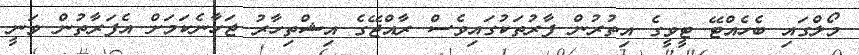
މޯލްގައި ބެހެއްޓޭ ޓީވީގެ އިތުރުން ފާރުތަކުގައިވެސް ރާއްޖޭގެ އިޝްތިހާރު ޖަހާނެކަމަށް އެފަރާތުން ވަނީ